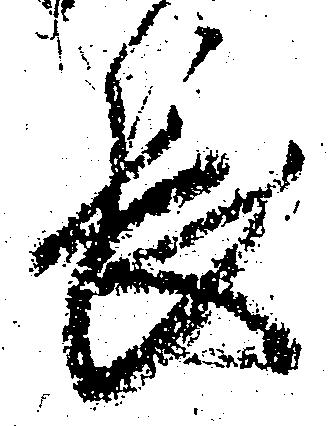
長